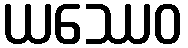
ယဿေဝ